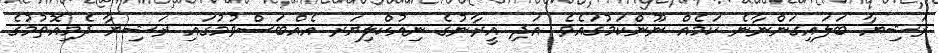
ރަޝިޔާ ބަލައިގަންނާނެ ކަމެއް ނޫންކަމުގައެވެ. އަދި އީރާނުގެ ނިއުކްލިޔަރ އެއްބަސްވުމުގައި ރަޝިޔާ ދެމިއޮތުމުގެ